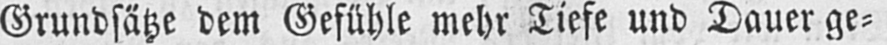
Grundsätze dem Gefühle mehr Tiefe und Dauer ge⸗